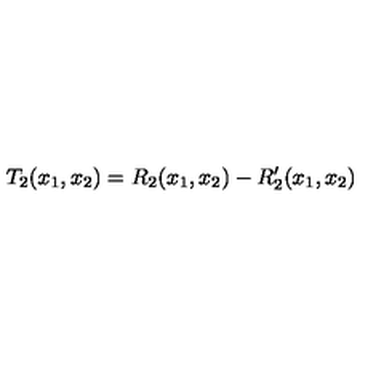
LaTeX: T _ { 2 } ( x _ { 1 } , x _ { 2 } ) = R _ { 2 } ( x _ { 1 } , x _ { 2 } ) - R _ { 2 } ^ { \prime } ( x _ { 1 } , x _ { 2 } )